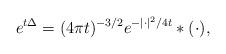
LaTeX: \begin{align*}e^{t\Delta}=(4\pi t)^{-3/2}e^{-|\cdot|^2/4t}* (\cdot),\end{align*}